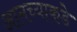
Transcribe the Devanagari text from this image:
आमच्‍याकडे